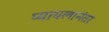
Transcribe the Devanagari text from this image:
प्यायलानंतर